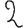
Digit: 2